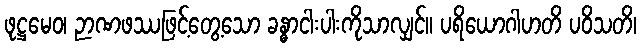
ဖုဋ္ဌမေဝ၊ ဉာဏဖဿဖြင့်တွေ့သော ခန္ဓာငါးပါးကိုသာလျှင်။ ပရိယောဂါဟတိ ပဝိသတိ၊